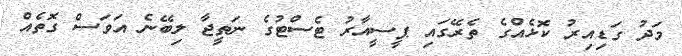
މަދު ގަޑިއިރު ކޮޅެއްގެ ތެރޭގައި ޕީސީއާރު ޓެސްޓުގެ ނަތީޖާ ލިބޭނެ އަވަސް ގޮތެއް